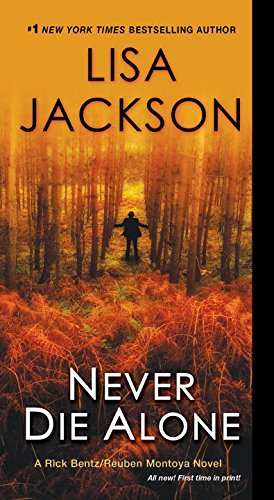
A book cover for Never Die Alone (A Bentz/Montoya Novel); Lisa Jackson; Mystery, Thriller & Suspense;